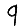
Digit: 9